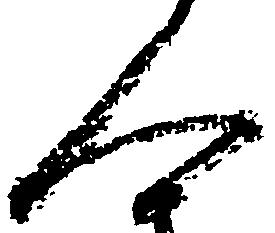
人